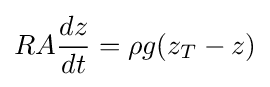
RA{\frac {dz}{dt}}=\rho g(z_{T}-z)